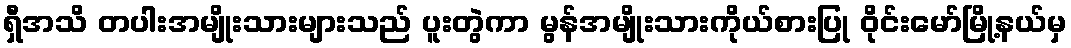
ရှီအသိ တပါးအမျိုးသားများသည် ပူးတွဲကာ မွန်အမျိုးသားကိုယ်စားပြု ဝိုင်းမော်မြို့နယ်မှ